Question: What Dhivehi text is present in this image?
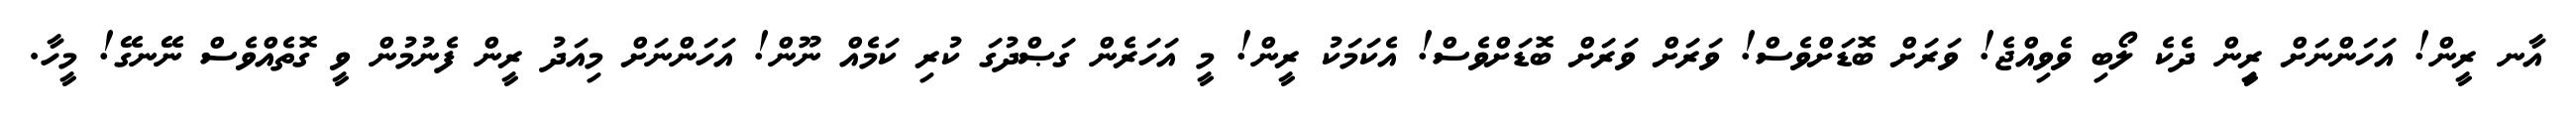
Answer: އާނ ރީން! އަހަންނަށް ރީިން ދެކެ ލޯބި ވެވިއްޖެ! ވަރަށް ބޮޑަށްވެސް! ވަރަށް ވަރަށް ބޮޑަށްވެސް! އެކަމަކު ރީން! މީ އަހަރެން ގަޞްދުގަ ކުރި ކަމެއް ނޫން! އަހަންނަށް މިއަދު ރީން ފެނުމުން ވީ ގޮތެއްވެސް ނޭނގޭ! މީހާ.